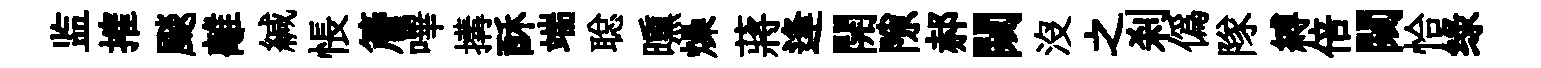
监搉颷離緘悵簷嗶搆酥端聪曛燥蔣逢開隙郝闚沒之刹偽隊縛倍闚恰绿